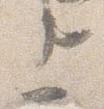
上